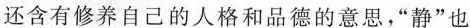
还含有修养自己的人格和品德的意思，”静”也